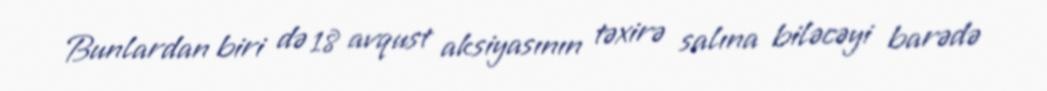
Bunlardan biri də 18 avqust aksiyasının təxirə salına biləcəyi barədə